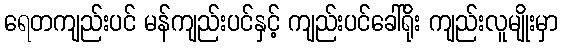
ရေတကျည်းပင် မန်ကျည်းပင်နှင့် ကျည်းပင်ခေါ်ရိုး ကျည်းလူမျိုးမှာ